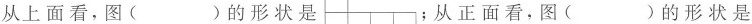
③从上面看，图()的形状是 ﹔从正面看，图( )的形状是